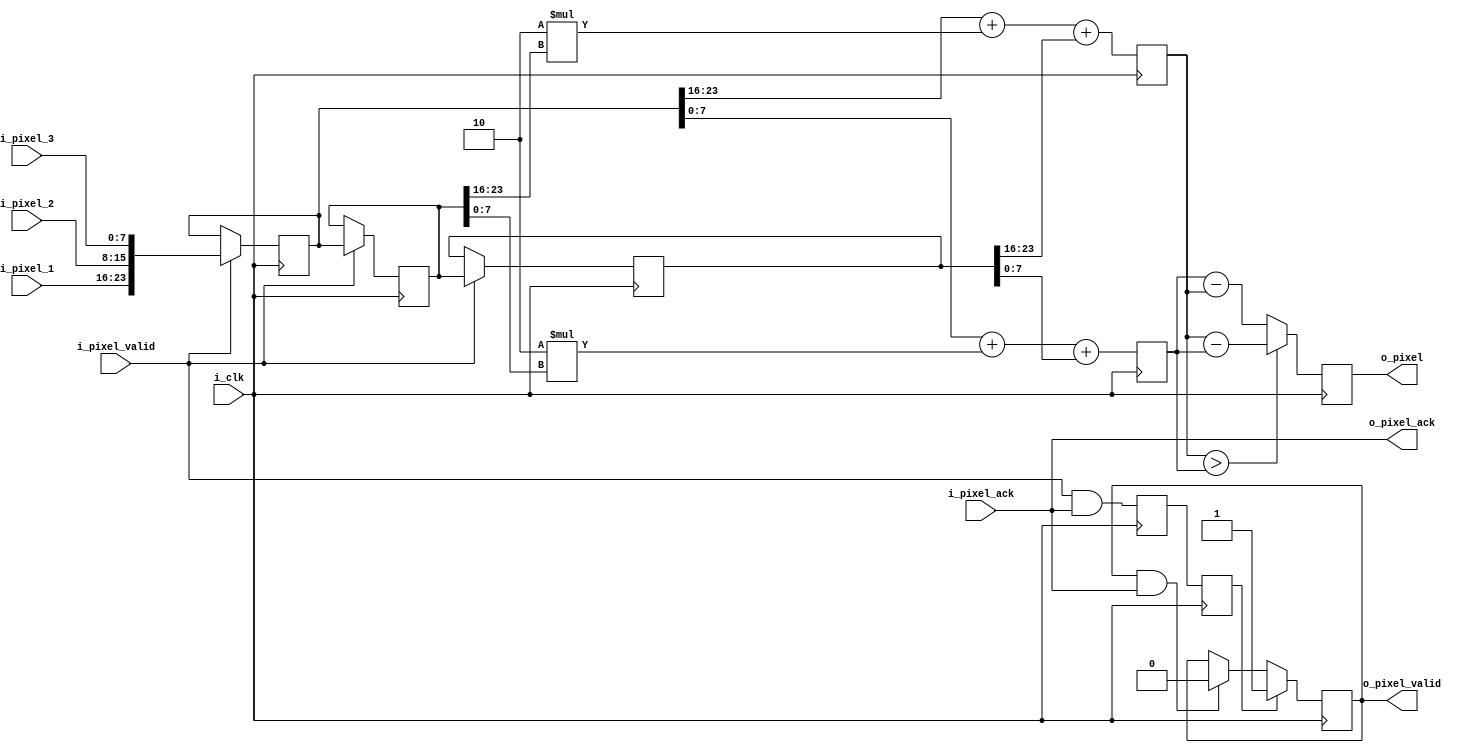
module filter_y(
input            i_clk,
input [7:0]      i_pixel_1,
input [7:0]      i_pixel_2,
input [7:0]      i_pixel_3,
input            i_pixel_valid,
output           o_pixel_ack,
output reg       o_pixel_valid,
input            i_pixel_ack,
output  [9:0]    o_pixel
);


reg [23:0] line1;
reg [23:0] line2;
reg [23:0] line3;
reg        pix_val_int;
reg        pix_val_int_1;
reg [9:0]  line1_filt;
reg [9:0]  line3_filt;
reg [9:0]  int_pixel;

assign o_pixel_ack = i_pixel_ack;

assign o_pixel = int_pixel;

always @(posedge i_clk)
begin
    if(i_pixel_valid)
	 begin
	     line1  <=  {i_pixel_1,i_pixel_2,i_pixel_3};
		  line2  <=  line1;
		  line3  <=  line2;
	 end
end

always @(posedge i_clk)
begin
   line1_filt   <=  line1[23:16] + 2*line2[23:16] + line3[23:16];
   line3_filt   <=  line1[7:0] + 2*line2[7:0] + line3[7:0];
end

always @(posedge i_clk)
begin
    if(line1_filt > line3_filt)
        int_pixel  <=  line1_filt-line3_filt;
    else
	     int_pixel  <=  line3_filt-line1_filt;
end

always @(posedge i_clk)
begin
   pix_val_int    <=   i_pixel_valid & o_pixel_ack; //valid data transfer
   pix_val_int_1  <=   pix_val_int;
end

always @(posedge i_clk)
begin
    if(pix_val_int_1)
	     o_pixel_valid   <=    1'b1;
	  else if(o_pixel_valid & i_pixel_ack)
        o_pixel_valid   <=    1'b0;
end		  

endmodule